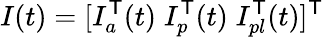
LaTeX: I(t)=[I_{a}^{\mathsf{T}}(t)\; I_{p}^{\mathsf{T}}(t)\; I_{pl}^{\mathsf{T}}(t)]^{\mathsf{T}}